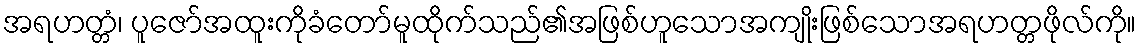
အရဟတ္တံ၊ ပူဇော်အထူးကိုခံတော်မူထိုက်သည်၏အဖြစ်ဟူသောအကျိုးဖြစ်သောအရဟတ္တဖိုလ်ကို။